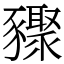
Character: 䝒